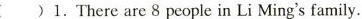
( )1.There are 8 people in Li Ming's family.